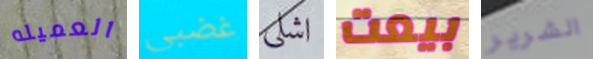
العميله غضبي اشلي بيعت الشرير